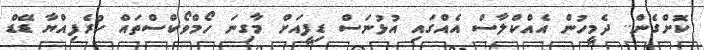
ކޮށްގެން.. ދެމީހުން އެއްކްލާސް އެއްގައި އުޅުނަސް ޑިފީއަށް މާގިނަ ހޯމްވޯކްސްތައް ހުރެފިއްޔާ ޑޭޑް